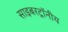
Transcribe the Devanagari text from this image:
साइबरट्राॅनीय